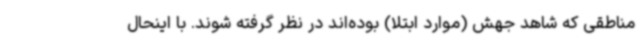
مناطقی که شاهد جهش (موارد ابتلا) بوده‌اند در نظر گرفته شوند. با اینحال